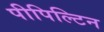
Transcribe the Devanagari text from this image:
पीपिल्टिन